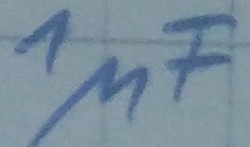
Text: 1µF